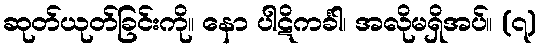
ဆုတ်ယုတ်ခြင်းကို။ နော ပါဋိကင်္ခါ၊ အလိုမရှိအပ်။ (၇)